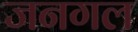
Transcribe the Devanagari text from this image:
जनगल